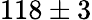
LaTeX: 118\pm 3